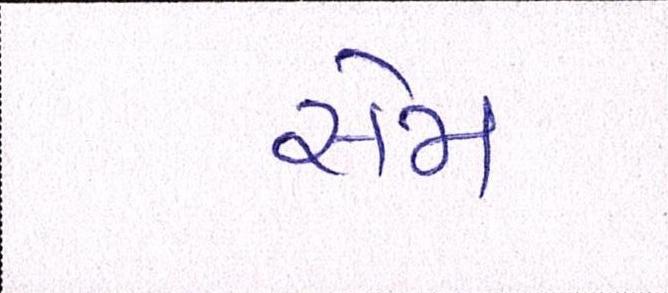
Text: સેમ